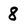
Character: 8